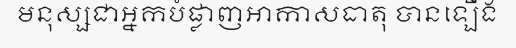
មនុស្សជាអ្នកបំផ្លាញអាកាសធាតុ បានឡើង